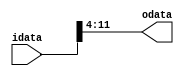
module signed_trunc(
idata,
odata
);
parameter IWIDTH = 16;
parameter OWIDTH = 8;
parameter IPRE = 4;

input [IWIDTH-1:0] idata;
output [OWIDTH-1:0] odata;

assign odata = idata[IWIDTH-IPRE-1:IWIDTH-IPRE-OWIDTH];

endmodule